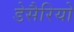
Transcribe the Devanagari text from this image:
डेसैरियो